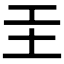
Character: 𡉐